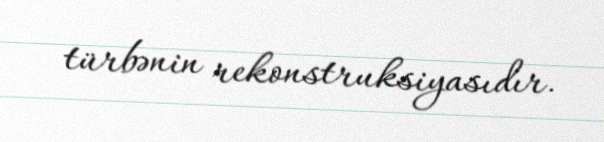
türbənin rekonstruksiyasıdır.